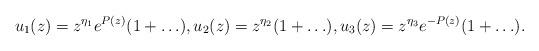
LaTeX: \begin{align*} u_1 (z) = z^{\eta_1} e^{P(z)} (1+ \ldots ), u_2 (z) = z^{\eta_2} (1+ \ldots ), u_3 (z) = z^{\eta_3} e^{-P(z)} (1+ \ldots ). \end{align*}